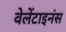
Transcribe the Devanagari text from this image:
वेलेंटाइनंस